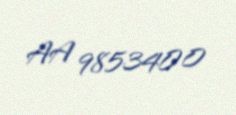
AA 9853400